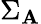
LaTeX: \Sigma_{\mathbf{A}}